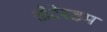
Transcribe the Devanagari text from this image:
तोटेरडम